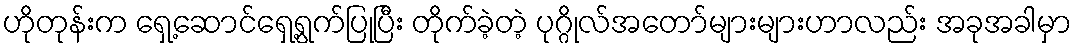
ဟိုတုန်းက ရှေ့ဆောင်ရှေ့ရွက်ပြုပြီး တိုက်ခဲ့တဲ့ ပုဂ္ဂိုလ်အတော်များများဟာလည်း အခုအခါမှာ